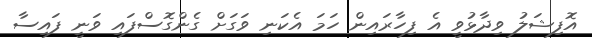
އޮފިޝަލު ވިދާޅުވީ އެ ފިހާރައިން ހަމަ އެކަނި ވަގަށް ގެންގޮސްފައި ވަނީ ފައިސާ